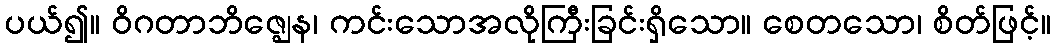
ပယ်၍။ ဝိဂတာဘိဇ္ဈေန၊ ကင်းသောအလိုကြီးခြင်းရှိသော။ စေတသော၊ စိတ်ဖြင့်။